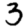
Digit: 3